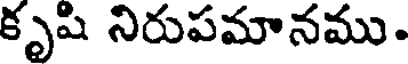
కృషి నిరుపమానము.